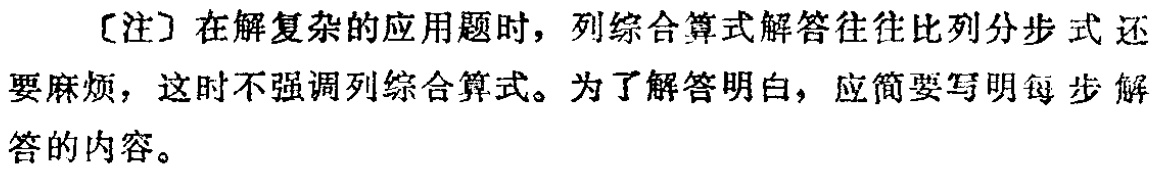
[注] 在解复杂的应用题时，列综合算式解答往往比列分步式还要麻烦，这时不强调列综合算式。为了解答明白，应简要写明每步解答的内容。